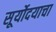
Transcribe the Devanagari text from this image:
सूर्योदयाचा